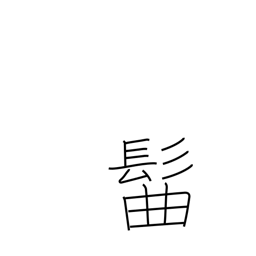
Meaning: topknot